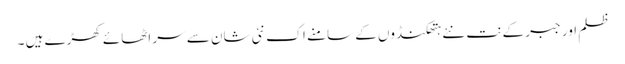
ظلم اور جبر کے نت نئے ہتھکنڈوں کے سامنے اک نئی شان سے سر اٹھائے کھڑے ہیں ۔